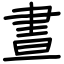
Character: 晝